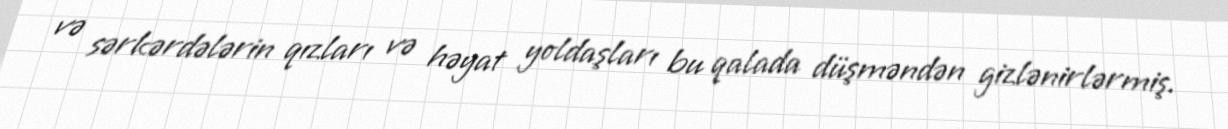
və sərkərdələrin qızları və həyat yoldaşları bu qalada düşməndən gizlənirlərmiş.